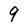
Character: 9